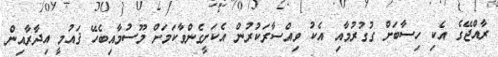
ރާއްޖޭގެ އެކި ހިސާބަށް ގުގުރުމާއި އެކު ވިއްސާރަކުރުން އެކަށީގެންވާކަމަށް މޫސުމާއިބެހޭ ޤައުމީ އިދާރާއިން